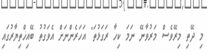
މި ދޭތި މިރޭވެސް މަރުވާނޭ ނަމަ ކިހާ ރަގަޅުތަ" އަހަރެންނަށް އެވަގުތު ބޭއިޚްތިޔާރުގައި